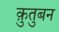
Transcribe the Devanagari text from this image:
क़ुतुबन